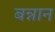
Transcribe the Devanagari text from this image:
बन्नान